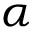
\alpha